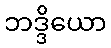
ဘဒ္ဒိယော